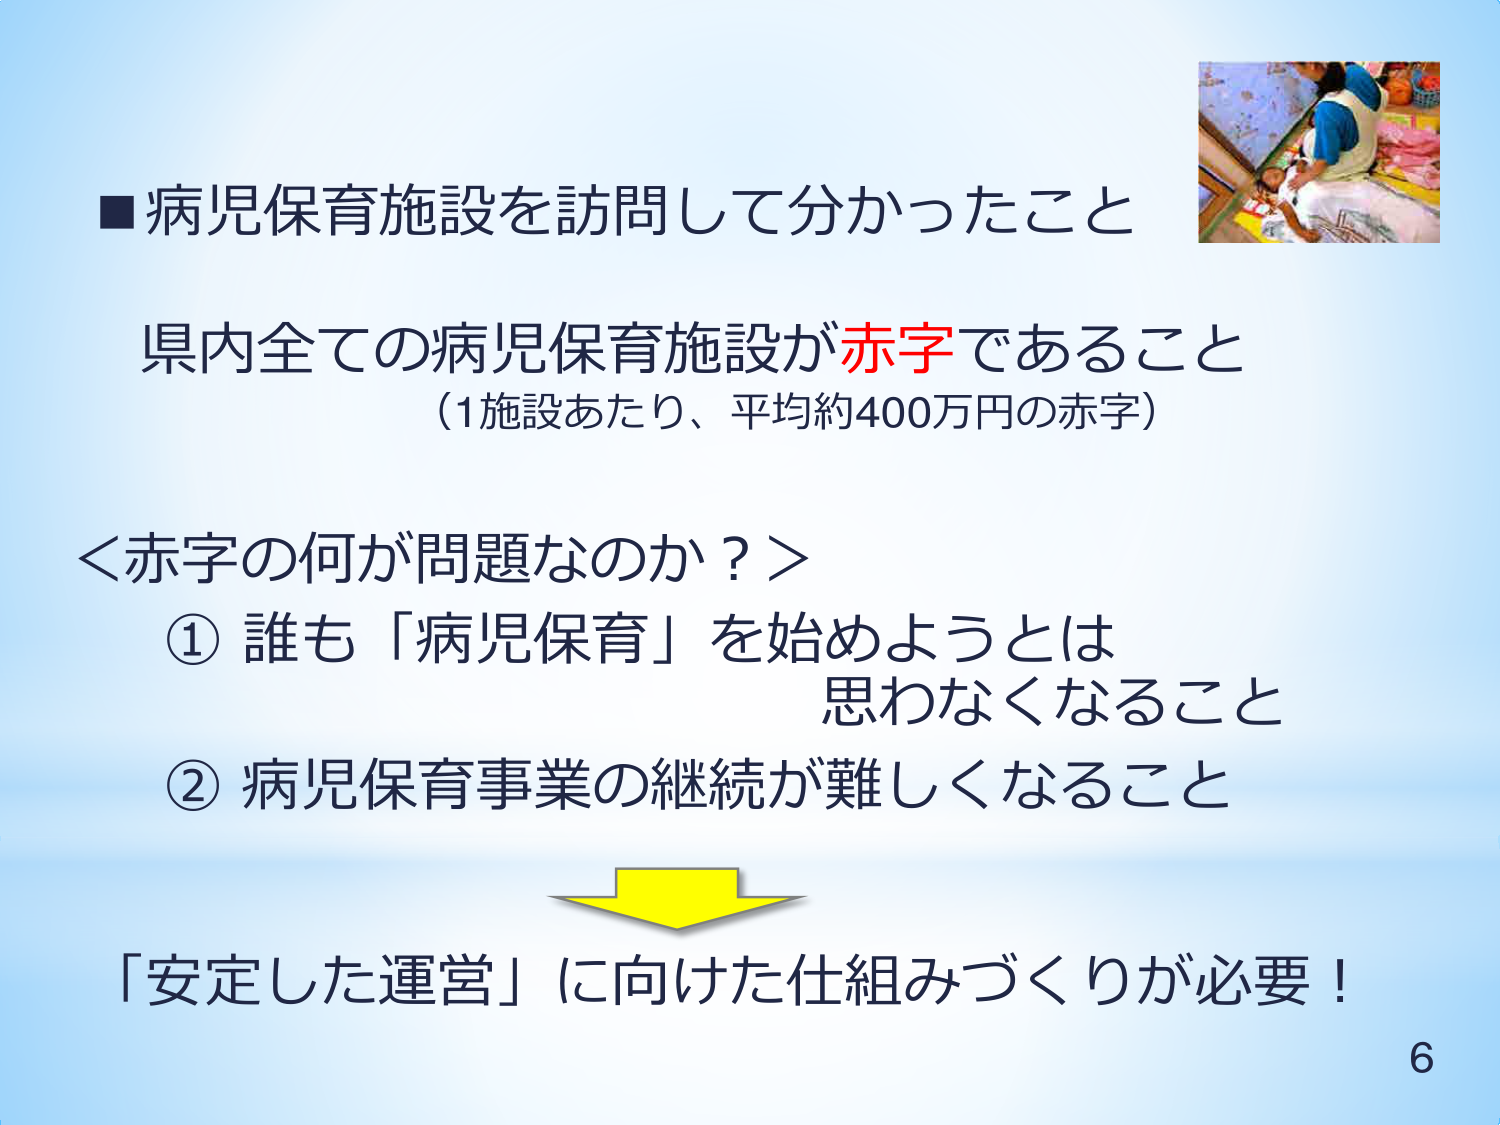
■病児保育施設を訪問して分かったこと

県内全ての病児保育施設が赤字であること
（1施設あたり、平均約400万円の赤字）

＜赤字の何が問題なのか？＞
① 誰も「病児保育」を始めようとは
　思わなくなること
② 病児保育事業の継続が難しくなること

「安定した運営」に向けた仕組みづくりが必要！

6